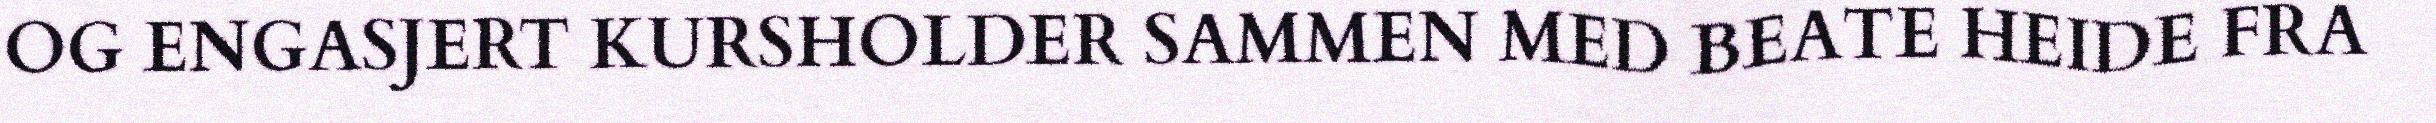
OG ENGASJERT KURSHOLDER SAMMEN MED BEATE HEIDE FRA